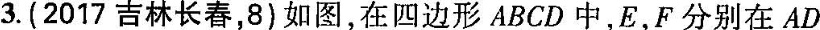
3.（2017吉林长春，8）如图，在四边形ABCD中，E，F分别在AD